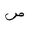
Letter: _sad